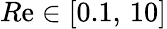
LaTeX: R\mathrm{e}\in[0.1,\, 10]